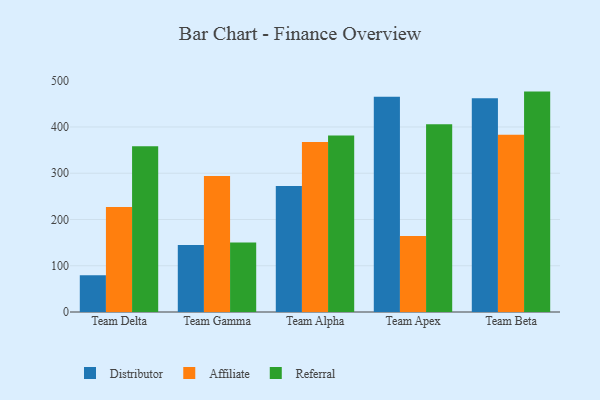
{"axis": {"x": "Team", "y": "Population (Million)"}, "legend": ["Affiliate", "Distributor", "Referral"], "data": [{"x": "Team Delta", "y": 79.7, "type": "Distributor"}, {"x": "Team Delta", "y": 227.1, "type": "Affiliate"}, {"x": "Team Delta", "y": 358.3, "type": "Referral"}, {"x": "Team Gamma", "y": 144.7, "type": "Distributor"}, {"x": "Team Gamma", "y": 293.8, "type": "Affiliate"}, {"x": "Team Gamma", "y": 150.2, "type": "Referral"}, {"x": "Team Alpha", "y": 272.6, "type": "Distributor"}, {"x": "Team Alpha", "y": 367.7, "type": "Affiliate"}, {"x": "Team Alpha", "y": 381.6, "type": "Referral"}, {"x": "Team Apex", "y": 465.5, "type": "Distributor"}, {"x": "Team Apex", "y": 164.5, "type": "Affiliate"}, {"x": "Team Apex", "y": 405.8, "type": "Referral"}, {"x": "Team Beta", "y": 462.0, "type": "Distributor"}, {"x": "Team Beta", "y": 383.1, "type": "Affiliate"}, {"x": "Team Beta", "y": 476.5, "type": "Referral"}]}